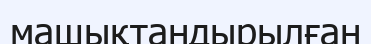
машықтандырылған